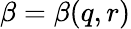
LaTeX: \beta=\beta(q,r)